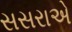
સસરાએ